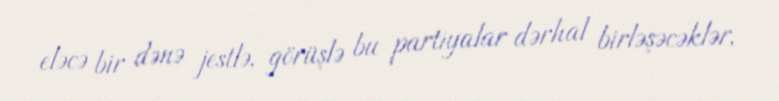
eləcə bir dənə jestlə, görüşlə bu partiyalar dərhal birləşəcəklər,